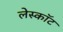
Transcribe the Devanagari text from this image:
लेस्कॉट